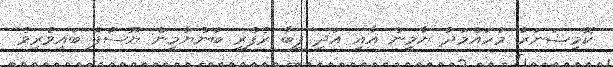
ކޮމިޝަނަރު މުހައްމަދު ޔާމީން އާއި އަދި ފީބާ ރެފްރީ ބުންޔާމީން ޔޫސުފު ބައިވެރިވެ